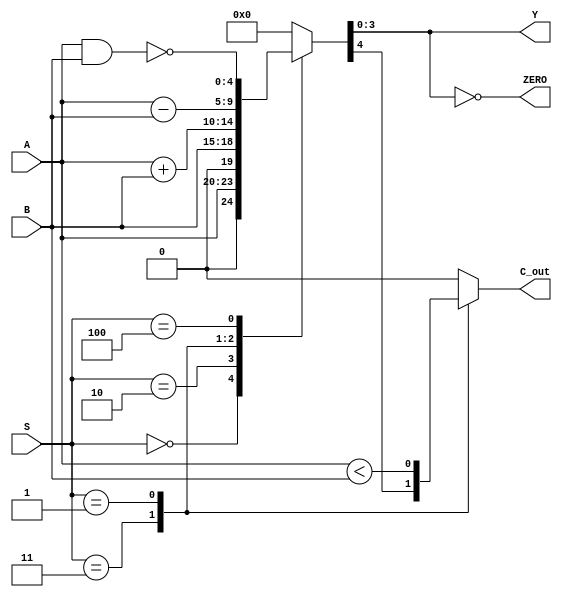
module ALU_2 (input [3:0] A,
  input [3:0] B,
  input [2:0] S,
  output [3:0] Y,
  output ZERO,
  output C_out);

  reg [3:0] Resultado = 0;
  reg [4:0] Working ;
  reg C_out;

  assign Y = Working[3:0];
  assign ZERO = (Working[3:0]==0);

  always @ ( A, B, S ) begin //COMPORTAMIENTO DE LA SALIDA Y
    case (S)
      0: Working = A;
      2: Working = B;
      3: Working = A + B;
      1: Working = A - B; //Comparar
      4: Working = ~(A & B);
      default: Working = 0;
    endcase
    case (S)
      3: C_out = Working[4];    //2: C_out = Working[4];  suma
      1: C_out = (A<B);         //3: C_out = (A>B);       resta
      default: C_out = 0 ;
    endcase
  end

endmodule